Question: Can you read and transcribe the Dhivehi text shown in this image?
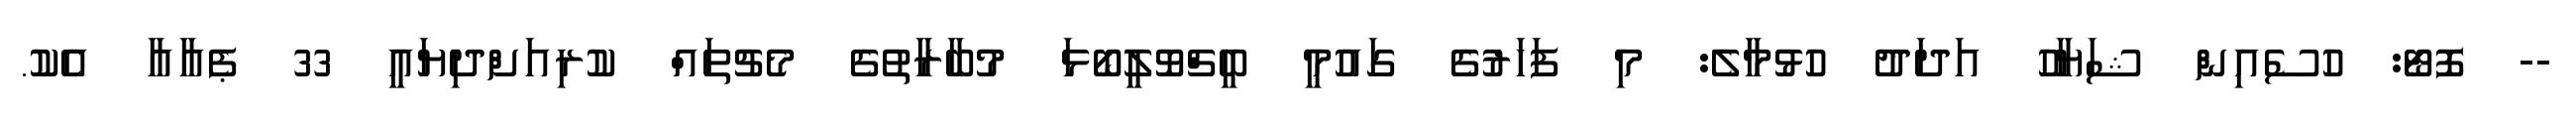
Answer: -- ފޮޓޯ: ހުސެއިން ޝަޔާހު އަދަދު ހުޅުމާލެ: މި ފަހަރުގެ ގައުމީ ބީޗްވޮލީބޯޅަ މުބާރާތުގެ މެޗުތައް ކުރިއަށްދިޔައީ 33 ޕެއާއާ އެކު.